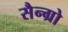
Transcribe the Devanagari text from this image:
सैन्ग्रो